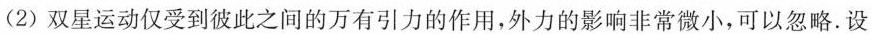
(2)双星运动仅受到彼此之间的万有引力的作用，外力的影响非常微小，可以忽略.设